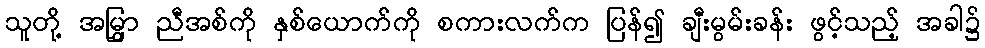
သူတို့ အမြွှာ ညီအစ်ကို နှစ်ယောက်ကို စကားလက်က ပြန်၍ ချီးမွမ်းခန်း ဖွင့်သည့် အခါ၌